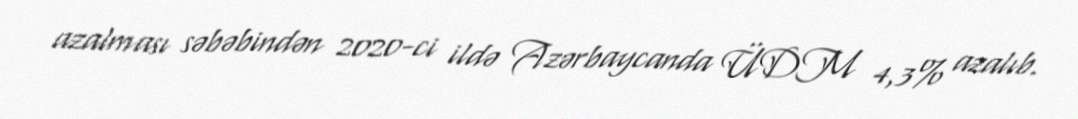
azalması səbəbindən 2020-ci ildə Azərbaycanda ÜDM 4,3% azalıb.